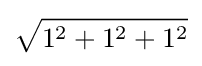
{\sqrt {1^{2}+1^{2}+1^{2}}}